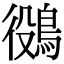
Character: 𪁛